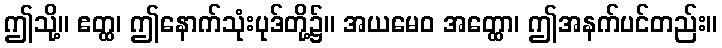
ဤသို့။ ဧတ္ထ၊ ဤနောက်သုံးပုဒ်တို့၌။ အယမေဝ အတ္ထော၊ ဤအနက်ပင်တည်း။